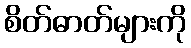
စိတ်ဓာတ်များကို